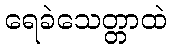
ရေခဲသေတ္တာထဲ